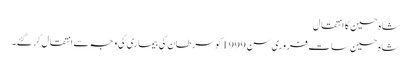
شاہ حسین کا انتقال
شاہ حسین سات فروری سن 1999 کو سرطان کی بیماری کی وجہ سے انتقال کر گئے۔